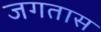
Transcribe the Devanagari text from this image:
जगतास